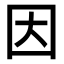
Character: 因